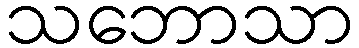
သဘောသာ